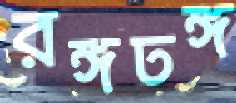
রঙ্গঢঙ্গ